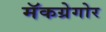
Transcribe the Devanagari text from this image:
मॅकग्रेगोर